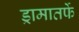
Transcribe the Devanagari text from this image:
ड्रामातर्फे